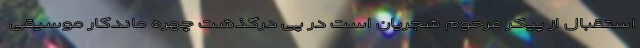
استقبال از پیکر مرحوم شجریان است در پی درگذشت چهره ماندگار موسیقی